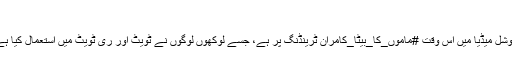
”
سوشل میڈیا میں اس وقت #ماموں_کا_بیٹا_کامران ٹرینڈنگ پر ہے، جسے لوکھوں لوگوں نے ٹویٹ اور ری ٹویٹ میں استعمال کیا ہے۔